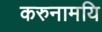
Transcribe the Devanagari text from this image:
करुनामयि